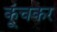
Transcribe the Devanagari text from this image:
कूंचकर